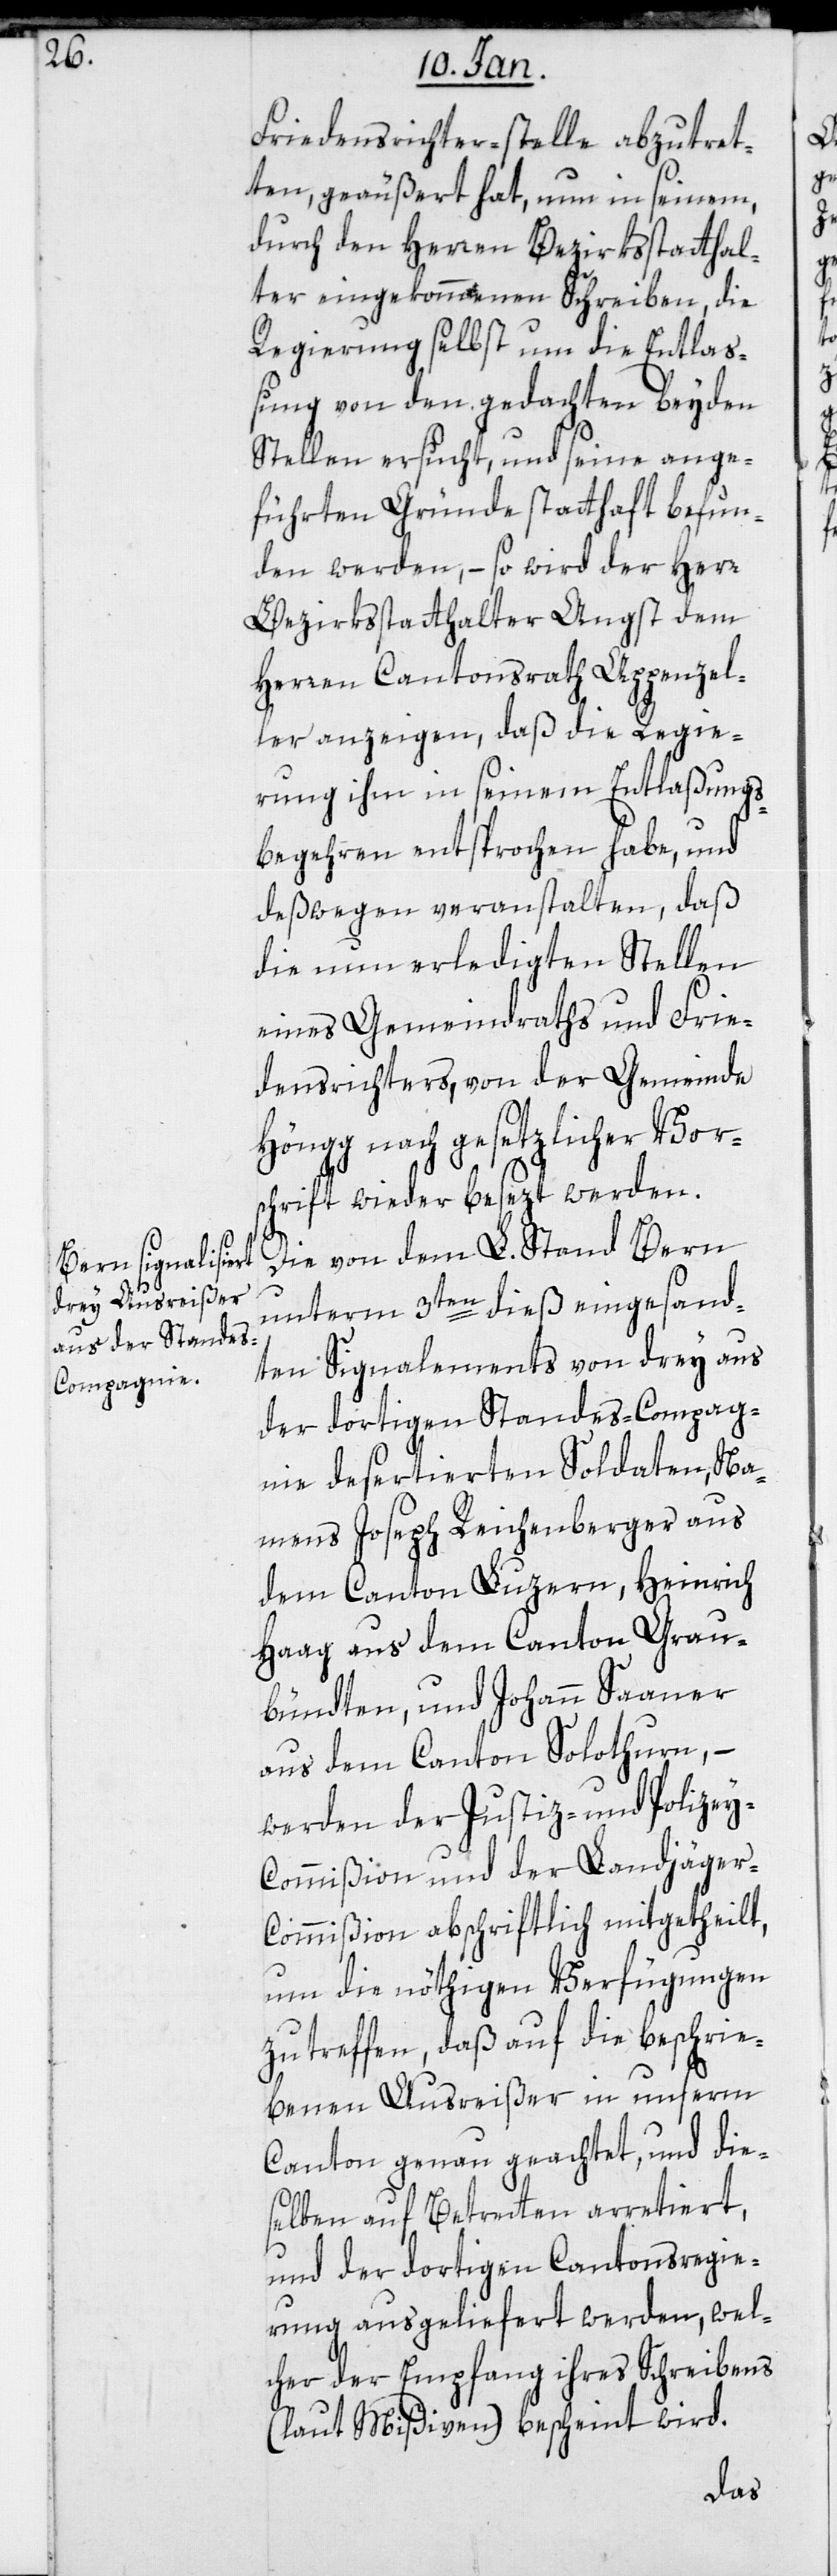
Friedensrichter-stelle abzutret¬
en, geäußert hat, nun in seinem,
durch den Herren Bezirksstatthal¬
ter eingekommenen Schreiben, die
Regierung selbst um die Entlas¬
sung von den gedachten beyden
Stellen ersucht, und seine ange¬
führten Gründe statthaft befun¬
den werden, – so wird der Herr
Bezirksstatthalter Angst dem
Herren Cantonsrath Appenzel¬
ler anzeigen, daß die Regie¬
rung ihm in seinem Entlaßungs¬
begehren entsprochen habe, und
deßwegen veranstalten, daß
die nun erledigten Stellen
eines Gemeindraths und Frie¬
densrichters, von der Gemeinde
Höngg nach gesetzlicher Vor¬
schrift wieder besetzt werden.
Die von dem L. Stand Bern
unterm 3ten dieß eingesand¬
ten Signalements von drey aus
der dortigen Standes-Compag¬
nie desertierten Soldaten, na¬
mens Joseph Reichenberger aus
dem Canton Luzern, Heinrich
Haag aus dem Canton Grau¬
bündten, und Johann Saaner
aus dem Canton Solothurn, –
werden der Justiz- und Polize¬
i-Commißion und der Landjäger-C¬
ommißion abschriftlich mitgetheilt,
um die nötigen Verfügungen
zu treffen, daß auf die beschrie¬
benen Ausreißer in unserm
Canton genau geachtet, und die¬
selben auf Betreten arretiert,
und der dortigen Cantonsregie¬
rung ausgeliefert werden, wel¬
cher der Empfang ihres Schreibens
(laut Mißiven) bescheint wird.